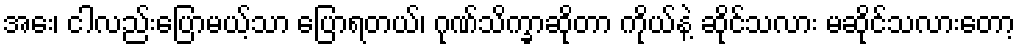
အေး၊ ငါလည်းပြောမယ့်သာ ပြောရတယ်၊ ဂုဏ်သိက္ခာဆိုတာ ကိုယ်နဲ့ ဆိုင်သလား မဆိုင်သလားတော့